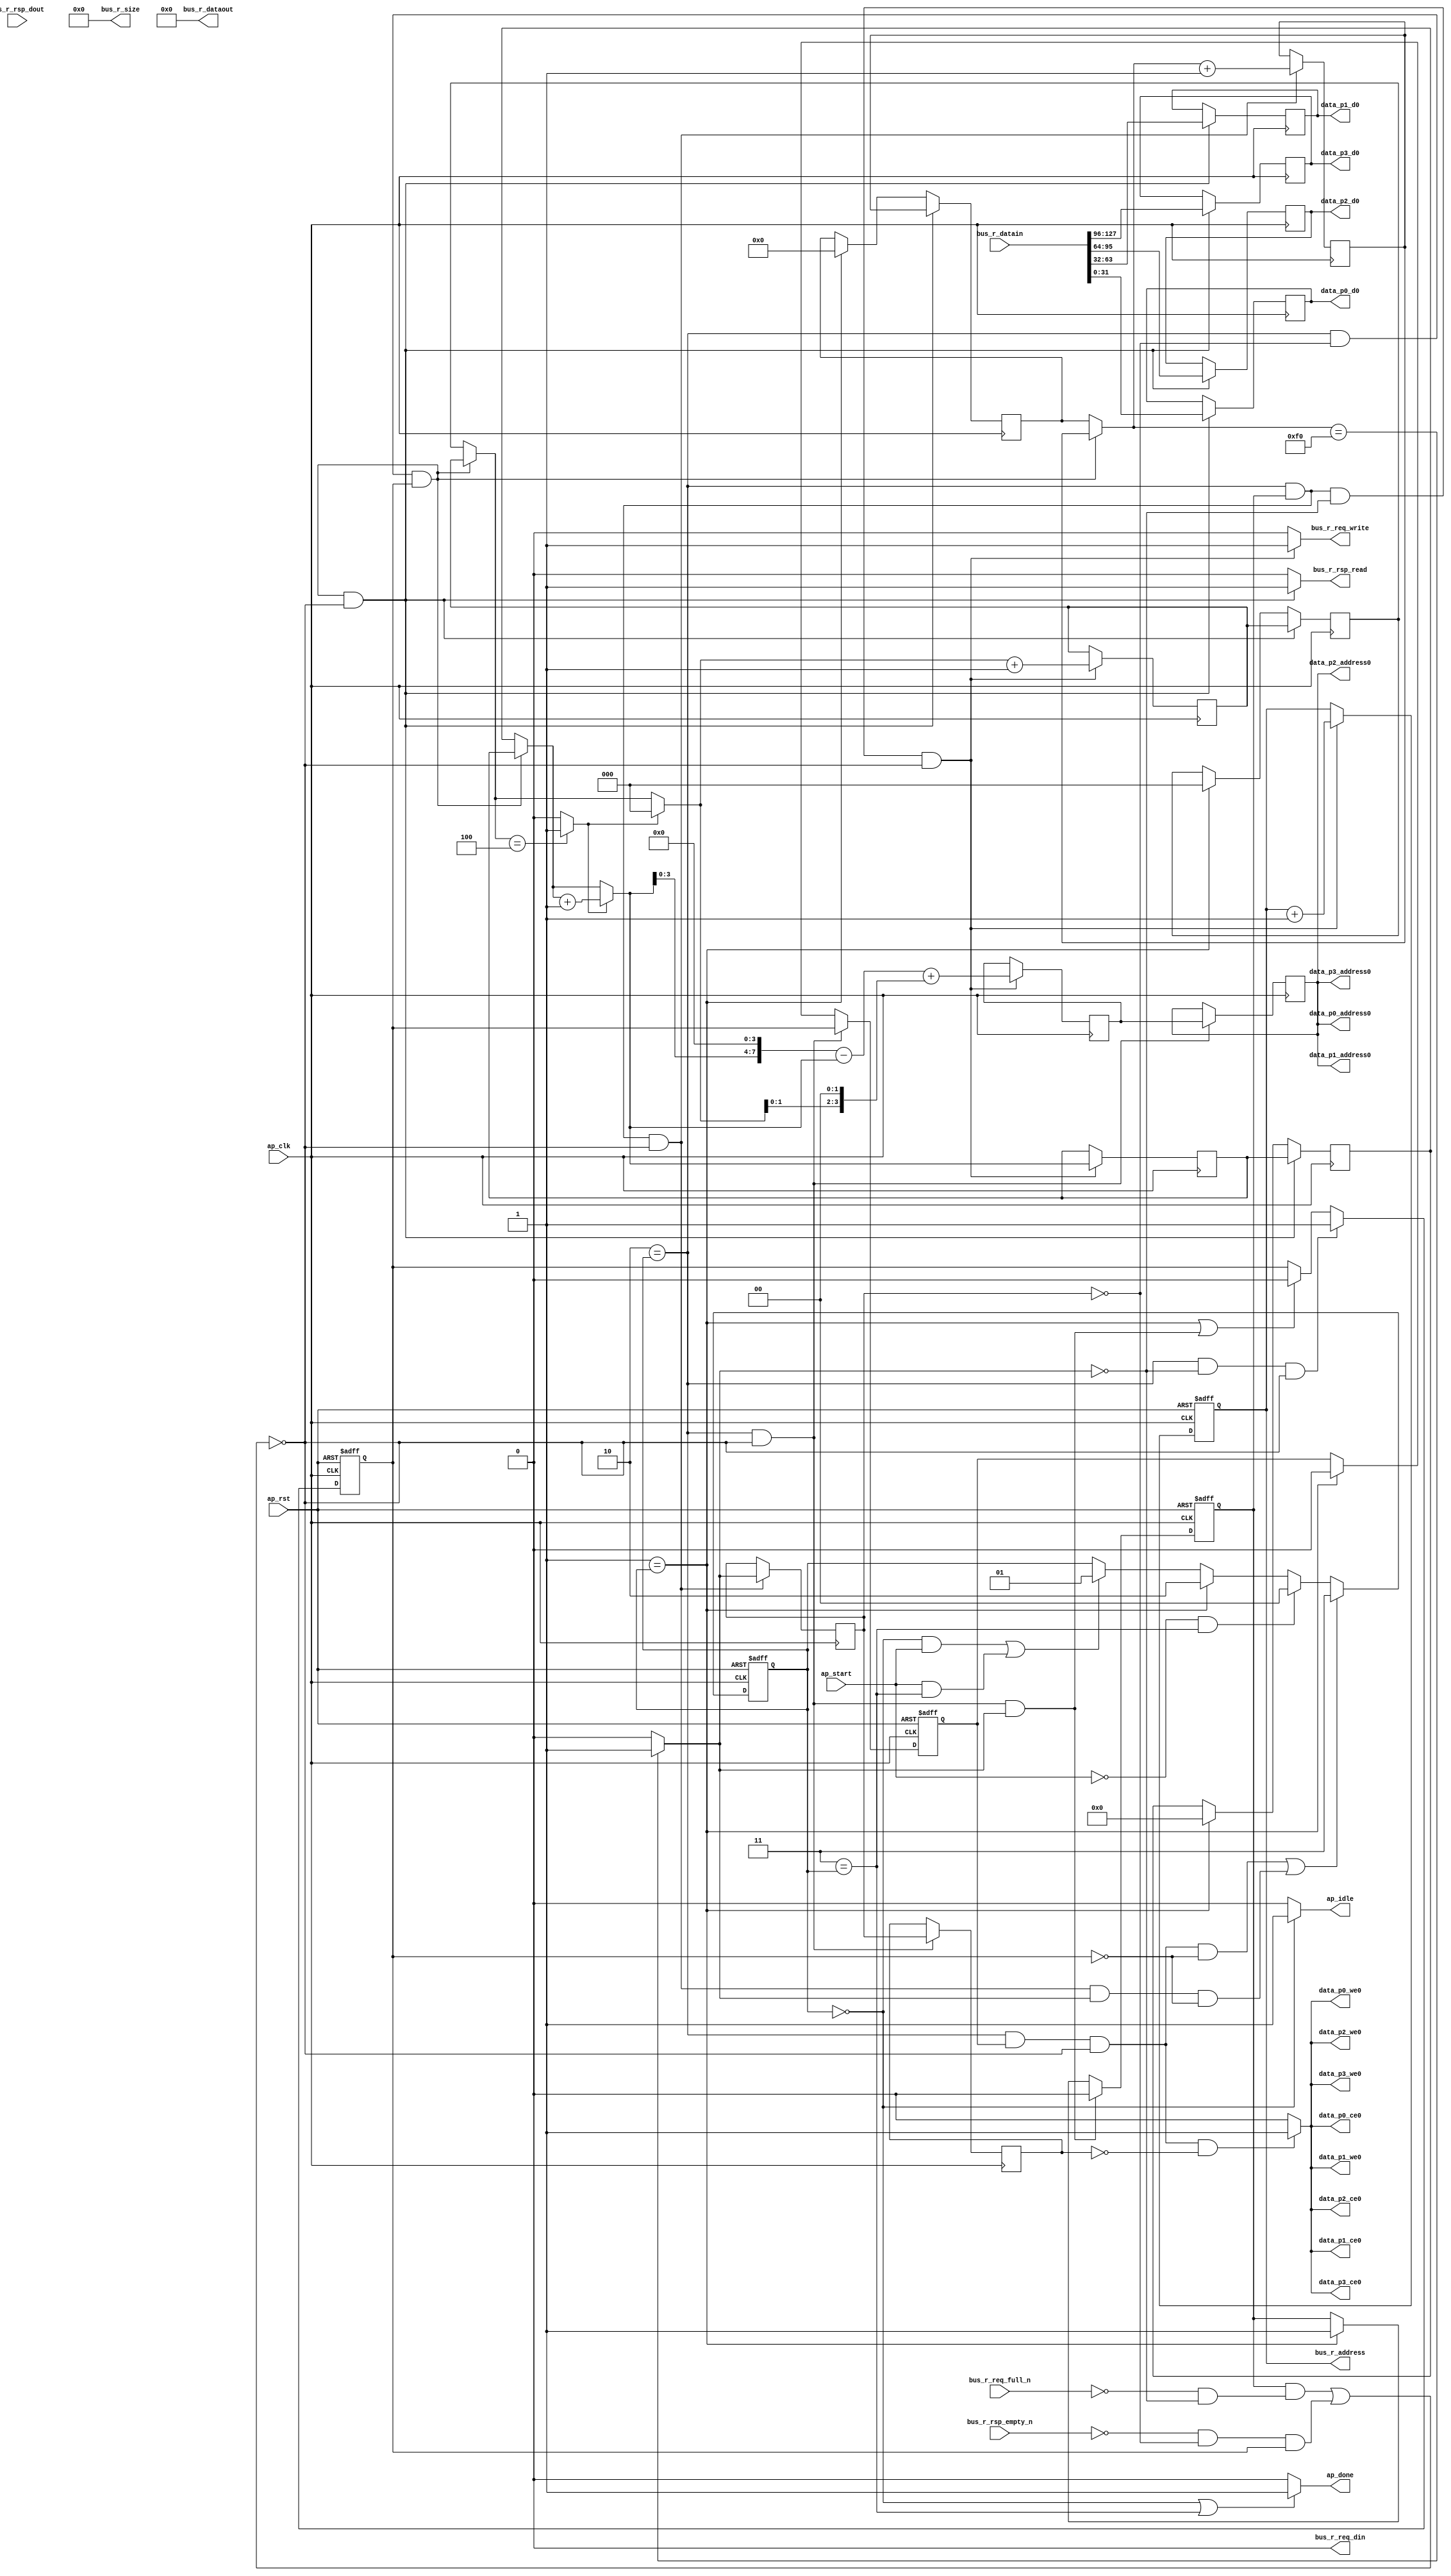
// ==============================================================
// RTL generated by AutoPilot - High-Level Synthesis System (C, C++, SystemC)
// Version: 2010.a.3
// Copyright (C) :2006-2010 AutoESL Design Technologies, Inc.
// 
// ===========================================================

`timescale 1 ns / 1 ps 

module uFetch_array (
        ap_clk,
        ap_rst,
        ap_start,
        ap_done,
        ap_idle,
        bus_r_req_din,
        bus_r_req_full_n,
        bus_r_req_write,
        bus_r_rsp_dout,
        bus_r_rsp_empty_n,
        bus_r_rsp_read,
        bus_r_address,
        bus_r_datain,
        bus_r_dataout,
        bus_r_size,
        data_p0_address0,
        data_p0_ce0,
        data_p0_we0,
        data_p0_d0,
        data_p1_address0,
        data_p1_ce0,
        data_p1_we0,
        data_p1_d0,
        data_p2_address0,
        data_p2_ce0,
        data_p2_we0,
        data_p2_d0,
        data_p3_address0,
        data_p3_ce0,
        data_p3_we0,
        data_p3_d0
);

input   ap_clk;
input   ap_rst;
input   ap_start;
output   ap_done;
output   ap_idle;
output   bus_r_req_din;
input   bus_r_req_full_n;
output   bus_r_req_write;
input   bus_r_rsp_dout;
input   bus_r_rsp_empty_n;
output   bus_r_rsp_read;
output  [31:0] bus_r_address;
input  [127:0] bus_r_datain;
output  [127:0] bus_r_dataout;
output  [31:0] bus_r_size;
output  [7:0] data_p0_address0;
output   data_p0_ce0;
output   data_p0_we0;
output  [31:0] data_p0_d0;
output  [7:0] data_p1_address0;
output   data_p1_ce0;
output   data_p1_we0;
output  [31:0] data_p1_d0;
output  [7:0] data_p2_address0;
output   data_p2_ce0;
output   data_p2_we0;
output  [31:0] data_p2_d0;
output  [7:0] data_p3_address0;
output   data_p3_ce0;
output   data_p3_we0;
output  [31:0] data_p3_d0;

reg ap_done;
reg ap_idle;
reg bus_r_req_write;
reg bus_r_rsp_read;
reg data_p0_ce0;
reg data_p0_we0;
reg data_p1_ce0;
reg data_p1_we0;
reg data_p2_ce0;
reg data_p2_we0;
reg data_p3_ce0;
reg data_p3_we0;
reg   [1:0] ap_CS_fsm;
reg   [31:0] uIndex;
reg   [7:0] indvar_flatten_reg_128;
reg   [5:0] i_reg_139;
reg   [2:0] indvar_reg_150;
wire   [0:0] exitcond_fu_162_p2;
reg   [0:0] exitcond_reg_319;
reg    ap_reg_ppiten_pp0_it0;
reg    ap_sig_bdd_76;
reg    ap_sig_bdd_81;
reg    ap_reg_ppiten_pp0_it1;
reg    ap_reg_ppiten_pp0_it2;
reg   [0:0] ap_reg_ppstg_exitcond_reg_319_pp0_it1;
reg   [7:0] indvar_next_reg_323;
wire   [5:0] i_mid_fu_194_p3;
reg   [5:0] i_mid_reg_328;
reg   [7:0] data_p0_addr_reg_338;
reg   [7:0] ap_reg_ppstg_data_p0_addr_reg_338_pp0_it1;
reg   [2:0] indvar_next1_reg_343;
reg   [31:0] Result1_reg_348;
reg   [31:0] Result3_reg_353;
reg   [31:0] Result2_reg_358;
reg   [31:0] Result_reg_363;
reg   [7:0] indvar_flatten_phi_fu_132_p4;
reg   [5:0] i_phi_fu_143_p4;
reg   [2:0] indvar_phi_fu_154_p4;
wire   [31:0] data_p0_addr1_cast_fu_300_p1;
wire   [63:0] tmp_fu_212_p1;
wire   [7:0] exitcond_fu_162_p1;
wire   [2:0] exitcond1_fu_180_p1;
wire   [0:0] exitcond1_fu_180_p2;
wire   [5:0] indvar_next6_dup_fu_174_p2;
wire   [2:0] indvar_mid_fu_186_p3;
wire   [3:0] indvar_cast_fu_202_p1;
wire   [3:0] j_fu_206_p2;
wire   [7:0] tmp4_trn_cast_fu_234_p1;
wire   [7:0] p_shl_fu_238_p2;
wire   [7:0] data_p0_addr_cast_fu_244_p2;
wire   [7:0] tmp8_trn_cast_fu_230_p1;
reg   [1:0] ap_NS_fsm;
parameter    ap_const_logic_1 = 1'b1;
parameter    ap_const_logic_0 = 1'b0;
parameter    ap_ST_st0_fsm_0 = 2'b00;
parameter    ap_ST_st1_fsm_1 = 2'b01;
parameter    ap_ST_pp0_stg0_fsm_2 = 2'b10;
parameter    ap_ST_st5_fsm_3 = 2'b11;
parameter    ap_const_lv32_0 = 32'b00000000000000000000000000000000;
parameter    ap_const_lv1_0 = 1'b0;
parameter    ap_const_lv8_0 = 8'b00000000;
parameter    ap_const_lv6_0 = 6'b000000;
parameter    ap_const_lv3_0 = 3'b000;
parameter    ap_const_lv8_F0 = 8'b11110000;
parameter    ap_const_lv8_1 = 8'b00000001;
parameter    ap_const_lv6_1 = 6'b000001;
parameter    ap_const_lv3_4 = 3'b100;
parameter    ap_const_lv4_2 = 4'b0010;
parameter    ap_const_lv32_1 = 32'b00000000000000000000000000000001;
parameter    ap_const_lv8_4 = 8'b00000100;
parameter    ap_const_lv3_1 = 3'b001;
parameter    ap_const_lv32_20 = 32'b00000000000000000000000000100000;
parameter    ap_const_lv32_3F = 32'b00000000000000000000000000111111;
parameter    ap_const_lv32_40 = 32'b00000000000000000000000001000000;
parameter    ap_const_lv32_5F = 32'b00000000000000000000000001011111;
parameter    ap_const_lv32_60 = 32'b00000000000000000000000001100000;
parameter    ap_const_lv32_7F = 32'b00000000000000000000000001111111;
parameter    ap_const_lv128_lc_1 = 128'b00000000000000000000000000000000000000000000000000000000000000000000000000000000000000000000000000000000000000000000000000000000;
parameter    ap_true = 1'b1;




/// ap_CS_fsm assign process. ///
always @ (posedge ap_rst or posedge ap_clk)
begin : ap_ret_ap_CS_fsm
    if (ap_rst == 1'b1) begin
        ap_CS_fsm <= ap_ST_st0_fsm_0;
    end else begin
        ap_CS_fsm <= ap_NS_fsm;
    end
end

/// ap_reg_ppiten_pp0_it0 assign process. ///
always @ (posedge ap_rst or posedge ap_clk)
begin : ap_ret_ap_reg_ppiten_pp0_it0
    if (ap_rst == 1'b1) begin
        ap_reg_ppiten_pp0_it0 <= ap_const_logic_0;
    end else begin
        if (((ap_ST_pp0_stg0_fsm_2 == ap_CS_fsm) & ~(((ap_const_logic_1 == ap_reg_ppiten_pp0_it0) & ap_sig_bdd_76) | (ap_sig_bdd_81 & (ap_const_logic_1 == ap_reg_ppiten_pp0_it1))) & ~(exitcond_fu_162_p2 == ap_const_lv1_0))) begin
            ap_reg_ppiten_pp0_it0 <= ap_const_logic_0;
        end else if ((ap_ST_st1_fsm_1 == ap_CS_fsm)) begin
            ap_reg_ppiten_pp0_it0 <= ap_const_logic_1;
        end
    end
end

/// ap_reg_ppiten_pp0_it1 assign process. ///
always @ (posedge ap_rst or posedge ap_clk)
begin : ap_ret_ap_reg_ppiten_pp0_it1
    if (ap_rst == 1'b1) begin
        ap_reg_ppiten_pp0_it1 <= ap_const_logic_0;
    end else begin
        if (((ap_ST_pp0_stg0_fsm_2 == ap_CS_fsm) & (exitcond_fu_162_p2 == ap_const_lv1_0) & ~(((ap_const_logic_1 == ap_reg_ppiten_pp0_it0) & ap_sig_bdd_76) | (ap_sig_bdd_81 & (ap_const_logic_1 == ap_reg_ppiten_pp0_it1))))) begin
            ap_reg_ppiten_pp0_it1 <= ap_const_logic_1;
        end else if (((ap_ST_st1_fsm_1 == ap_CS_fsm) | ((ap_ST_pp0_stg0_fsm_2 == ap_CS_fsm) & ~(((ap_const_logic_1 == ap_reg_ppiten_pp0_it0) & ap_sig_bdd_76) | (ap_sig_bdd_81 & (ap_const_logic_1 == ap_reg_ppiten_pp0_it1))) & ~(exitcond_fu_162_p2 == ap_const_lv1_0)))) begin
            ap_reg_ppiten_pp0_it1 <= ap_const_logic_0;
        end
    end
end

/// ap_reg_ppiten_pp0_it2 assign process. ///
always @ (posedge ap_rst or posedge ap_clk)
begin : ap_ret_ap_reg_ppiten_pp0_it2
    if (ap_rst == 1'b1) begin
        ap_reg_ppiten_pp0_it2 <= ap_const_logic_0;
    end else begin
        if (((ap_ST_pp0_stg0_fsm_2 == ap_CS_fsm) & ~(((ap_const_logic_1 == ap_reg_ppiten_pp0_it0) & ap_sig_bdd_76) | (ap_sig_bdd_81 & (ap_const_logic_1 == ap_reg_ppiten_pp0_it1))))) begin
            ap_reg_ppiten_pp0_it2 <= ap_reg_ppiten_pp0_it1;
        end else if ((ap_ST_st1_fsm_1 == ap_CS_fsm)) begin
            ap_reg_ppiten_pp0_it2 <= ap_const_logic_0;
        end
    end
end

/// uIndex assign process. ///
always @ (posedge ap_rst or posedge ap_clk)
begin : ap_ret_uIndex
    if (ap_rst == 1'b1) begin
        uIndex <= ap_const_lv32_0;
    end else begin
        if (((ap_ST_pp0_stg0_fsm_2 == ap_CS_fsm) & (ap_const_logic_1 == ap_reg_ppiten_pp0_it0) & (exitcond_fu_162_p2 == ap_const_lv1_0) & ~(((ap_const_logic_1 == ap_reg_ppiten_pp0_it0) & ap_sig_bdd_76) | (ap_sig_bdd_81 & (ap_const_logic_1 == ap_reg_ppiten_pp0_it1))))) begin
            uIndex <= (uIndex + ap_const_lv32_1);
        end
    end
end

/// assign process. ///
always @(posedge ap_clk)
begin
    if (((ap_ST_pp0_stg0_fsm_2 == ap_CS_fsm) & (exitcond_reg_319 == ap_const_lv1_0) & (ap_const_logic_1 == ap_reg_ppiten_pp0_it1) & ~(((ap_const_logic_1 == ap_reg_ppiten_pp0_it0) & ap_sig_bdd_76) | (ap_sig_bdd_81 & (ap_const_logic_1 == ap_reg_ppiten_pp0_it1))))) begin
        Result1_reg_348 <= bus_r_datain[31:0];
    end
    if (((ap_ST_pp0_stg0_fsm_2 == ap_CS_fsm) & (exitcond_reg_319 == ap_const_lv1_0) & (ap_const_logic_1 == ap_reg_ppiten_pp0_it1) & ~(((ap_const_logic_1 == ap_reg_ppiten_pp0_it0) & ap_sig_bdd_76) | (ap_sig_bdd_81 & (ap_const_logic_1 == ap_reg_ppiten_pp0_it1))))) begin
        Result2_reg_358 <= {{bus_r_datain[ap_const_lv32_5F : ap_const_lv32_40]}};
    end
    if (((ap_ST_pp0_stg0_fsm_2 == ap_CS_fsm) & (exitcond_reg_319 == ap_const_lv1_0) & (ap_const_logic_1 == ap_reg_ppiten_pp0_it1) & ~(((ap_const_logic_1 == ap_reg_ppiten_pp0_it0) & ap_sig_bdd_76) | (ap_sig_bdd_81 & (ap_const_logic_1 == ap_reg_ppiten_pp0_it1))))) begin
        Result3_reg_353 <= {{bus_r_datain[ap_const_lv32_3F : ap_const_lv32_20]}};
    end
    if (((ap_ST_pp0_stg0_fsm_2 == ap_CS_fsm) & (exitcond_reg_319 == ap_const_lv1_0) & (ap_const_logic_1 == ap_reg_ppiten_pp0_it1) & ~(((ap_const_logic_1 == ap_reg_ppiten_pp0_it0) & ap_sig_bdd_76) | (ap_sig_bdd_81 & (ap_const_logic_1 == ap_reg_ppiten_pp0_it1))))) begin
        Result_reg_363 <= {{bus_r_datain[ap_const_lv32_7F : ap_const_lv32_60]}};
    end
    if (((ap_ST_pp0_stg0_fsm_2 == ap_CS_fsm) & ~(((ap_const_logic_1 == ap_reg_ppiten_pp0_it0) & ap_sig_bdd_76) | (ap_sig_bdd_81 & (ap_const_logic_1 == ap_reg_ppiten_pp0_it1))))) begin
        ap_reg_ppstg_data_p0_addr_reg_338_pp0_it1 <= data_p0_addr_reg_338;
    end
    if (((ap_ST_pp0_stg0_fsm_2 == ap_CS_fsm) & ~(((ap_const_logic_1 == ap_reg_ppiten_pp0_it0) & ap_sig_bdd_76) | (ap_sig_bdd_81 & (ap_const_logic_1 == ap_reg_ppiten_pp0_it1))))) begin
        ap_reg_ppstg_exitcond_reg_319_pp0_it1 <= exitcond_reg_319;
    end
    if (((ap_ST_pp0_stg0_fsm_2 == ap_CS_fsm) & (ap_const_logic_1 == ap_reg_ppiten_pp0_it0) & (exitcond_fu_162_p2 == ap_const_lv1_0) & ~(((ap_const_logic_1 == ap_reg_ppiten_pp0_it0) & ap_sig_bdd_76) | (ap_sig_bdd_81 & (ap_const_logic_1 == ap_reg_ppiten_pp0_it1))))) begin
        data_p0_addr_reg_338 <= (data_p0_addr_cast_fu_244_p2 + tmp8_trn_cast_fu_230_p1);
    end
    if (((ap_ST_pp0_stg0_fsm_2 == ap_CS_fsm) & (ap_const_logic_1 == ap_reg_ppiten_pp0_it0) & ~(((ap_const_logic_1 == ap_reg_ppiten_pp0_it0) & ap_sig_bdd_76) | (ap_sig_bdd_81 & (ap_const_logic_1 == ap_reg_ppiten_pp0_it1))))) begin
        exitcond_reg_319 <= (indvar_flatten_phi_fu_132_p4 == exitcond_fu_162_p1? 1'b1: 1'b0);
    end
    if (((ap_ST_pp0_stg0_fsm_2 == ap_CS_fsm) & (ap_const_logic_1 == ap_reg_ppiten_pp0_it0) & (exitcond_fu_162_p2 == ap_const_lv1_0) & ~(((ap_const_logic_1 == ap_reg_ppiten_pp0_it0) & ap_sig_bdd_76) | (ap_sig_bdd_81 & (ap_const_logic_1 == ap_reg_ppiten_pp0_it1))))) begin
        if (exitcond1_fu_180_p2) begin
            i_mid_reg_328 <= indvar_next6_dup_fu_174_p2;
        end else begin
            i_mid_reg_328 <= i_phi_fu_143_p4;
        end

    end
    if (((ap_ST_pp0_stg0_fsm_2 == ap_CS_fsm) & (exitcond_reg_319 == ap_const_lv1_0) & (ap_const_logic_1 == ap_reg_ppiten_pp0_it1) & ~(((ap_const_logic_1 == ap_reg_ppiten_pp0_it0) & ap_sig_bdd_76) | (ap_sig_bdd_81 & (ap_const_logic_1 == ap_reg_ppiten_pp0_it1))))) begin
        i_reg_139 <= i_mid_reg_328;
    end else if ((ap_ST_st1_fsm_1 == ap_CS_fsm)) begin
        i_reg_139 <= ap_const_lv6_0;
    end
    if (((ap_ST_pp0_stg0_fsm_2 == ap_CS_fsm) & (exitcond_reg_319 == ap_const_lv1_0) & (ap_const_logic_1 == ap_reg_ppiten_pp0_it1) & ~(((ap_const_logic_1 == ap_reg_ppiten_pp0_it0) & ap_sig_bdd_76) | (ap_sig_bdd_81 & (ap_const_logic_1 == ap_reg_ppiten_pp0_it1))))) begin
        indvar_flatten_reg_128 <= indvar_next_reg_323;
    end else if ((ap_ST_st1_fsm_1 == ap_CS_fsm)) begin
        indvar_flatten_reg_128 <= ap_const_lv8_0;
    end
    if (((ap_ST_pp0_stg0_fsm_2 == ap_CS_fsm) & (ap_const_logic_1 == ap_reg_ppiten_pp0_it0) & (exitcond_fu_162_p2 == ap_const_lv1_0) & ~(((ap_const_logic_1 == ap_reg_ppiten_pp0_it0) & ap_sig_bdd_76) | (ap_sig_bdd_81 & (ap_const_logic_1 == ap_reg_ppiten_pp0_it1))))) begin
        indvar_next1_reg_343 <= (indvar_mid_fu_186_p3 + ap_const_lv3_1);
    end
    if (((ap_ST_pp0_stg0_fsm_2 == ap_CS_fsm) & (ap_const_logic_1 == ap_reg_ppiten_pp0_it0) & ~(((ap_const_logic_1 == ap_reg_ppiten_pp0_it0) & ap_sig_bdd_76) | (ap_sig_bdd_81 & (ap_const_logic_1 == ap_reg_ppiten_pp0_it1))))) begin
        indvar_next_reg_323 <= (indvar_flatten_phi_fu_132_p4 + ap_const_lv8_1);
    end
    if (((ap_ST_pp0_stg0_fsm_2 == ap_CS_fsm) & (exitcond_reg_319 == ap_const_lv1_0) & (ap_const_logic_1 == ap_reg_ppiten_pp0_it1) & ~(((ap_const_logic_1 == ap_reg_ppiten_pp0_it0) & ap_sig_bdd_76) | (ap_sig_bdd_81 & (ap_const_logic_1 == ap_reg_ppiten_pp0_it1))))) begin
        indvar_reg_150 <= indvar_next1_reg_343;
    end else if ((ap_ST_st1_fsm_1 == ap_CS_fsm)) begin
        indvar_reg_150 <= ap_const_lv3_0;
    end
end

/// ap_NS_fsm assign process. ///
always @ (ap_start or ap_CS_fsm or exitcond_fu_162_p2 or ap_reg_ppiten_pp0_it0 or ap_sig_bdd_76 or ap_sig_bdd_81 or ap_reg_ppiten_pp0_it1 or ap_reg_ppiten_pp0_it2)
begin
    if ((((ap_ST_pp0_stg0_fsm_2 == ap_CS_fsm) & (ap_const_logic_1 == ap_reg_ppiten_pp0_it2) & ~(((ap_const_logic_1 == ap_reg_ppiten_pp0_it0) & ap_sig_bdd_76) | (ap_sig_bdd_81 & (ap_const_logic_1 == ap_reg_ppiten_pp0_it1))) & ~(ap_const_logic_1 == ap_reg_ppiten_pp0_it1)) | ((ap_ST_pp0_stg0_fsm_2 == ap_CS_fsm) & (ap_const_logic_1 == ap_reg_ppiten_pp0_it0) & ~(((ap_const_logic_1 == ap_reg_ppiten_pp0_it0) & ap_sig_bdd_76) | (ap_sig_bdd_81 & (ap_const_logic_1 == ap_reg_ppiten_pp0_it1))) & ~(exitcond_fu_162_p2 == ap_const_lv1_0) & ~(ap_const_logic_1 == ap_reg_ppiten_pp0_it1)))) begin
        ap_NS_fsm = ap_ST_st5_fsm_3;
    end else if ((~(ap_const_logic_1 == ap_start) & (ap_ST_st5_fsm_3 == ap_CS_fsm))) begin
        ap_NS_fsm = ap_ST_st0_fsm_0;
    end else if ((ap_ST_st1_fsm_1 == ap_CS_fsm)) begin
        ap_NS_fsm = ap_ST_pp0_stg0_fsm_2;
    end else if ((((ap_ST_st0_fsm_0 == ap_CS_fsm) & (ap_const_logic_1 == ap_start)) | ((ap_const_logic_1 == ap_start) & (ap_ST_st5_fsm_3 == ap_CS_fsm)))) begin
        ap_NS_fsm = ap_ST_st1_fsm_1;
    end else begin
        ap_NS_fsm = ap_CS_fsm;
    end
end

/// ap_done assign process. ///
always @ (ap_CS_fsm)
begin
    if (((ap_ST_st0_fsm_0 == ap_CS_fsm) | (ap_ST_st5_fsm_3 == ap_CS_fsm))) begin
        ap_done = ap_const_logic_1;
    end else begin
        ap_done = ap_const_logic_0;
    end
end

/// ap_idle assign process. ///
always @ (ap_CS_fsm)
begin
    if ((ap_ST_st0_fsm_0 == ap_CS_fsm)) begin
        ap_idle = ap_const_logic_1;
    end else begin
        ap_idle = ap_const_logic_0;
    end
end

/// bus_r_req_write assign process. ///
always @ (ap_CS_fsm or exitcond_fu_162_p2 or ap_reg_ppiten_pp0_it0 or ap_sig_bdd_76 or ap_sig_bdd_81 or ap_reg_ppiten_pp0_it1)
begin
    if (((ap_ST_pp0_stg0_fsm_2 == ap_CS_fsm) & (ap_const_logic_1 == ap_reg_ppiten_pp0_it0) & (exitcond_fu_162_p2 == ap_const_lv1_0) & ~(((ap_const_logic_1 == ap_reg_ppiten_pp0_it0) & ap_sig_bdd_76) | (ap_sig_bdd_81 & (ap_const_logic_1 == ap_reg_ppiten_pp0_it1))))) begin
        bus_r_req_write = ap_const_logic_1;
    end else begin
        bus_r_req_write = ap_const_logic_0;
    end
end

/// bus_r_rsp_read assign process. ///
always @ (ap_CS_fsm or exitcond_reg_319 or ap_reg_ppiten_pp0_it0 or ap_sig_bdd_76 or ap_sig_bdd_81 or ap_reg_ppiten_pp0_it1)
begin
    if (((ap_ST_pp0_stg0_fsm_2 == ap_CS_fsm) & (exitcond_reg_319 == ap_const_lv1_0) & (ap_const_logic_1 == ap_reg_ppiten_pp0_it1) & ~(((ap_const_logic_1 == ap_reg_ppiten_pp0_it0) & ap_sig_bdd_76) | (ap_sig_bdd_81 & (ap_const_logic_1 == ap_reg_ppiten_pp0_it1))))) begin
        bus_r_rsp_read = ap_const_logic_1;
    end else begin
        bus_r_rsp_read = ap_const_logic_0;
    end
end

/// data_p0_ce0 assign process. ///
always @ (ap_CS_fsm or ap_reg_ppiten_pp0_it0 or ap_sig_bdd_76 or ap_sig_bdd_81 or ap_reg_ppiten_pp0_it1 or ap_reg_ppiten_pp0_it2 or ap_reg_ppstg_exitcond_reg_319_pp0_it1)
begin
    if (((ap_ST_pp0_stg0_fsm_2 == ap_CS_fsm) & (ap_const_logic_1 == ap_reg_ppiten_pp0_it2) & ~(((ap_const_logic_1 == ap_reg_ppiten_pp0_it0) & ap_sig_bdd_76) | (ap_sig_bdd_81 & (ap_const_logic_1 == ap_reg_ppiten_pp0_it1))) & (ap_const_lv1_0 == ap_reg_ppstg_exitcond_reg_319_pp0_it1))) begin
        data_p0_ce0 = ap_const_logic_1;
    end else begin
        data_p0_ce0 = ap_const_logic_0;
    end
end

/// data_p0_we0 assign process. ///
always @ (ap_CS_fsm or ap_reg_ppiten_pp0_it0 or ap_sig_bdd_76 or ap_sig_bdd_81 or ap_reg_ppiten_pp0_it1 or ap_reg_ppiten_pp0_it2 or ap_reg_ppstg_exitcond_reg_319_pp0_it1)
begin
    if (((ap_ST_pp0_stg0_fsm_2 == ap_CS_fsm) & (ap_const_logic_1 == ap_reg_ppiten_pp0_it2) & ~(((ap_const_logic_1 == ap_reg_ppiten_pp0_it0) & ap_sig_bdd_76) | (ap_sig_bdd_81 & (ap_const_logic_1 == ap_reg_ppiten_pp0_it1))) & (ap_const_lv1_0 == ap_reg_ppstg_exitcond_reg_319_pp0_it1))) begin
        data_p0_we0 = ap_const_logic_1;
    end else begin
        data_p0_we0 = ap_const_logic_0;
    end
end

/// data_p1_ce0 assign process. ///
always @ (ap_CS_fsm or ap_reg_ppiten_pp0_it0 or ap_sig_bdd_76 or ap_sig_bdd_81 or ap_reg_ppiten_pp0_it1 or ap_reg_ppiten_pp0_it2 or ap_reg_ppstg_exitcond_reg_319_pp0_it1)
begin
    if (((ap_ST_pp0_stg0_fsm_2 == ap_CS_fsm) & (ap_const_logic_1 == ap_reg_ppiten_pp0_it2) & ~(((ap_const_logic_1 == ap_reg_ppiten_pp0_it0) & ap_sig_bdd_76) | (ap_sig_bdd_81 & (ap_const_logic_1 == ap_reg_ppiten_pp0_it1))) & (ap_const_lv1_0 == ap_reg_ppstg_exitcond_reg_319_pp0_it1))) begin
        data_p1_ce0 = ap_const_logic_1;
    end else begin
        data_p1_ce0 = ap_const_logic_0;
    end
end

/// data_p1_we0 assign process. ///
always @ (ap_CS_fsm or ap_reg_ppiten_pp0_it0 or ap_sig_bdd_76 or ap_sig_bdd_81 or ap_reg_ppiten_pp0_it1 or ap_reg_ppiten_pp0_it2 or ap_reg_ppstg_exitcond_reg_319_pp0_it1)
begin
    if (((ap_ST_pp0_stg0_fsm_2 == ap_CS_fsm) & (ap_const_logic_1 == ap_reg_ppiten_pp0_it2) & ~(((ap_const_logic_1 == ap_reg_ppiten_pp0_it0) & ap_sig_bdd_76) | (ap_sig_bdd_81 & (ap_const_logic_1 == ap_reg_ppiten_pp0_it1))) & (ap_const_lv1_0 == ap_reg_ppstg_exitcond_reg_319_pp0_it1))) begin
        data_p1_we0 = ap_const_logic_1;
    end else begin
        data_p1_we0 = ap_const_logic_0;
    end
end

/// data_p2_ce0 assign process. ///
always @ (ap_CS_fsm or ap_reg_ppiten_pp0_it0 or ap_sig_bdd_76 or ap_sig_bdd_81 or ap_reg_ppiten_pp0_it1 or ap_reg_ppiten_pp0_it2 or ap_reg_ppstg_exitcond_reg_319_pp0_it1)
begin
    if (((ap_ST_pp0_stg0_fsm_2 == ap_CS_fsm) & (ap_const_logic_1 == ap_reg_ppiten_pp0_it2) & ~(((ap_const_logic_1 == ap_reg_ppiten_pp0_it0) & ap_sig_bdd_76) | (ap_sig_bdd_81 & (ap_const_logic_1 == ap_reg_ppiten_pp0_it1))) & (ap_const_lv1_0 == ap_reg_ppstg_exitcond_reg_319_pp0_it1))) begin
        data_p2_ce0 = ap_const_logic_1;
    end else begin
        data_p2_ce0 = ap_const_logic_0;
    end
end

/// data_p2_we0 assign process. ///
always @ (ap_CS_fsm or ap_reg_ppiten_pp0_it0 or ap_sig_bdd_76 or ap_sig_bdd_81 or ap_reg_ppiten_pp0_it1 or ap_reg_ppiten_pp0_it2 or ap_reg_ppstg_exitcond_reg_319_pp0_it1)
begin
    if (((ap_ST_pp0_stg0_fsm_2 == ap_CS_fsm) & (ap_const_logic_1 == ap_reg_ppiten_pp0_it2) & ~(((ap_const_logic_1 == ap_reg_ppiten_pp0_it0) & ap_sig_bdd_76) | (ap_sig_bdd_81 & (ap_const_logic_1 == ap_reg_ppiten_pp0_it1))) & (ap_const_lv1_0 == ap_reg_ppstg_exitcond_reg_319_pp0_it1))) begin
        data_p2_we0 = ap_const_logic_1;
    end else begin
        data_p2_we0 = ap_const_logic_0;
    end
end

/// data_p3_ce0 assign process. ///
always @ (ap_CS_fsm or ap_reg_ppiten_pp0_it0 or ap_sig_bdd_76 or ap_sig_bdd_81 or ap_reg_ppiten_pp0_it1 or ap_reg_ppiten_pp0_it2 or ap_reg_ppstg_exitcond_reg_319_pp0_it1)
begin
    if (((ap_ST_pp0_stg0_fsm_2 == ap_CS_fsm) & (ap_const_logic_1 == ap_reg_ppiten_pp0_it2) & ~(((ap_const_logic_1 == ap_reg_ppiten_pp0_it0) & ap_sig_bdd_76) | (ap_sig_bdd_81 & (ap_const_logic_1 == ap_reg_ppiten_pp0_it1))) & (ap_const_lv1_0 == ap_reg_ppstg_exitcond_reg_319_pp0_it1))) begin
        data_p3_ce0 = ap_const_logic_1;
    end else begin
        data_p3_ce0 = ap_const_logic_0;
    end
end

/// data_p3_we0 assign process. ///
always @ (ap_CS_fsm or ap_reg_ppiten_pp0_it0 or ap_sig_bdd_76 or ap_sig_bdd_81 or ap_reg_ppiten_pp0_it1 or ap_reg_ppiten_pp0_it2 or ap_reg_ppstg_exitcond_reg_319_pp0_it1)
begin
    if (((ap_ST_pp0_stg0_fsm_2 == ap_CS_fsm) & (ap_const_logic_1 == ap_reg_ppiten_pp0_it2) & ~(((ap_const_logic_1 == ap_reg_ppiten_pp0_it0) & ap_sig_bdd_76) | (ap_sig_bdd_81 & (ap_const_logic_1 == ap_reg_ppiten_pp0_it1))) & (ap_const_lv1_0 == ap_reg_ppstg_exitcond_reg_319_pp0_it1))) begin
        data_p3_we0 = ap_const_logic_1;
    end else begin
        data_p3_we0 = ap_const_logic_0;
    end
end

/// i_phi_fu_143_p4 assign process. ///
always @ (ap_CS_fsm or i_reg_139 or exitcond_reg_319 or ap_reg_ppiten_pp0_it1 or i_mid_reg_328)
begin
    if (((ap_ST_pp0_stg0_fsm_2 == ap_CS_fsm) & (exitcond_reg_319 == ap_const_lv1_0) & (ap_const_logic_1 == ap_reg_ppiten_pp0_it1))) begin
        i_phi_fu_143_p4 = i_mid_reg_328;
    end else begin
        i_phi_fu_143_p4 = i_reg_139;
    end
end

/// indvar_flatten_phi_fu_132_p4 assign process. ///
always @ (ap_CS_fsm or indvar_flatten_reg_128 or exitcond_reg_319 or ap_reg_ppiten_pp0_it1 or indvar_next_reg_323)
begin
    if (((ap_ST_pp0_stg0_fsm_2 == ap_CS_fsm) & (exitcond_reg_319 == ap_const_lv1_0) & (ap_const_logic_1 == ap_reg_ppiten_pp0_it1))) begin
        indvar_flatten_phi_fu_132_p4 = indvar_next_reg_323;
    end else begin
        indvar_flatten_phi_fu_132_p4 = indvar_flatten_reg_128;
    end
end

/// indvar_phi_fu_154_p4 assign process. ///
always @ (ap_CS_fsm or indvar_reg_150 or exitcond_reg_319 or ap_reg_ppiten_pp0_it1 or indvar_next1_reg_343)
begin
    if (((ap_ST_pp0_stg0_fsm_2 == ap_CS_fsm) & (exitcond_reg_319 == ap_const_lv1_0) & (ap_const_logic_1 == ap_reg_ppiten_pp0_it1))) begin
        indvar_phi_fu_154_p4 = indvar_next1_reg_343;
    end else begin
        indvar_phi_fu_154_p4 = indvar_reg_150;
    end
end

/// ap_sig_bdd_76 assign process. ///
always @ (bus_r_req_full_n or exitcond_fu_162_p2)
begin
    ap_sig_bdd_76 = ((bus_r_req_full_n == ap_const_logic_0) & (exitcond_fu_162_p2 == ap_const_lv1_0));
end

/// ap_sig_bdd_81 assign process. ///
always @ (bus_r_rsp_empty_n or exitcond_reg_319)
begin
    ap_sig_bdd_81 = ((bus_r_rsp_empty_n == ap_const_logic_0) & (exitcond_reg_319 == ap_const_lv1_0));
end
assign bus_r_address = tmp_fu_212_p1;
assign bus_r_dataout = ap_const_lv128_lc_1;
assign bus_r_req_din = ap_const_logic_0;
assign bus_r_size = ap_const_lv32_0;
assign data_p0_addr1_cast_fu_300_p1 = {{24{1'b0}}, {ap_reg_ppstg_data_p0_addr_reg_338_pp0_it1}};
assign data_p0_addr_cast_fu_244_p2 = (p_shl_fu_238_p2 - tmp4_trn_cast_fu_234_p1);
assign data_p0_address0 = data_p0_addr1_cast_fu_300_p1;
assign data_p0_d0 = Result1_reg_348;
assign data_p1_address0 = data_p0_addr1_cast_fu_300_p1;
assign data_p1_d0 = Result3_reg_353;
assign data_p2_address0 = data_p0_addr1_cast_fu_300_p1;
assign data_p2_d0 = Result2_reg_358;
assign data_p3_address0 = data_p0_addr1_cast_fu_300_p1;
assign data_p3_d0 = Result_reg_363;
assign exitcond1_fu_180_p1 = ap_const_lv3_4;
assign exitcond1_fu_180_p2 = (indvar_phi_fu_154_p4 == exitcond1_fu_180_p1? 1'b1: 1'b0);
assign exitcond_fu_162_p1 = ap_const_lv8_F0;
assign exitcond_fu_162_p2 = (indvar_flatten_phi_fu_132_p4 == exitcond_fu_162_p1? 1'b1: 1'b0);
assign i_mid_fu_194_p3 = ((exitcond1_fu_180_p2)? indvar_next6_dup_fu_174_p2: i_phi_fu_143_p4);
assign indvar_cast_fu_202_p1 = {{1{1'b0}}, {indvar_mid_fu_186_p3}};
assign indvar_mid_fu_186_p3 = ((exitcond1_fu_180_p2)? ap_const_lv3_0: indvar_phi_fu_154_p4);
assign indvar_next6_dup_fu_174_p2 = (i_phi_fu_143_p4 + ap_const_lv6_1);
assign j_fu_206_p2 = indvar_cast_fu_202_p1 << ap_const_lv4_2;
assign p_shl_fu_238_p2 = tmp4_trn_cast_fu_234_p1 << ap_const_lv8_4;
assign tmp4_trn_cast_fu_234_p1 = {{2{1'b0}}, {i_mid_fu_194_p3}};
assign tmp8_trn_cast_fu_230_p1 = {{4{1'b0}}, {j_fu_206_p2}};
assign tmp_fu_212_p1 = {{32{uIndex[31]}}, {uIndex}};


endmodule //uFetch_array